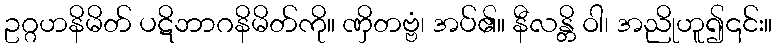
ဥဂ္ဂဟနိမိတ် ပဋိဘာဂနိမိတ်ကို။ ဏှိတဗ္ဗံ၊ အပ်၏။ နီလန္တိ ဝါ၊ အညိုဟူ၍၎င်း။